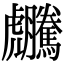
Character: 𧈜